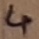
Text: 4